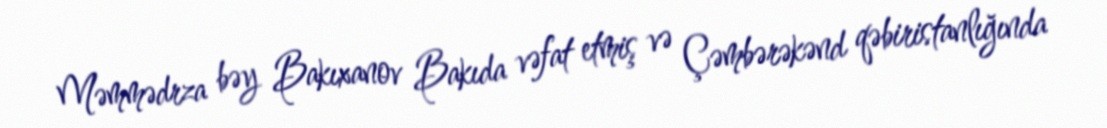
Məmmədrza bəy Bakıxanov Bakıda vəfat etmiş və Çəmbərəkənd qəbiristanlığında